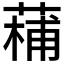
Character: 𮐡